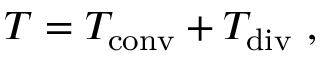
T = T _ { \mathrm { c o n v } } + T _ { \mathrm { d i v } } \ ,